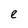
Character: e